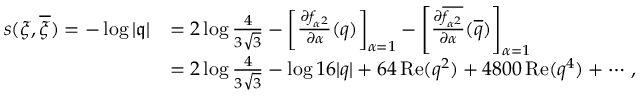
\begin{array} { r l } { s ( \xi , \overline { { \xi } } ) = - \log | \mathfrak { q } | } & { = 2 \log { \frac { 4 } { 3 \sqrt { 3 } } } - \left[ { \frac { \partial f _ { \alpha ^ { 2 } } } { \partial \alpha } } ( q ) \right] _ { \alpha = 1 } - \left[ { \frac { \partial \overline { { f _ { \alpha ^ { 2 } } } } } { \partial \alpha } } ( \overline { { q } } ) \right] _ { \alpha = 1 } } \\ & { = 2 \log { \frac { 4 } { 3 \sqrt { 3 } } } - \log 1 6 | q | + 6 4 \, \mathrm { R e } ( q ^ { 2 } ) + 4 8 0 0 \, \mathrm { R e } ( q ^ { 4 } ) + \cdots \, , } \end{array}